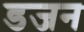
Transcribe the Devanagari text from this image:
डजन